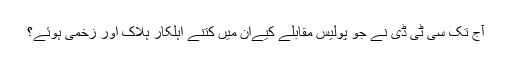
آج تک سی ٹی ڈی نے جو پولیس مقابلے کیےان میں کتنے اہلکار ہلاک اور زخمی ہوئے؟